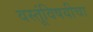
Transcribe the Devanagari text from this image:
वस्तूंविषयीचा